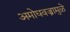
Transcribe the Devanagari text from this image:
अमोघवज्रामुळे